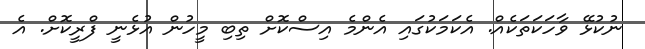
ނުކުޅޭ ވާހަކަތަކެއް. އެކަމަކުގައި އެންމެ އިސްކޮށް ތިބި މީހުން އުޅެނީ ފްރީކޮށް. އެ